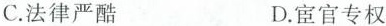
C.法律严酷 D.宦官专权